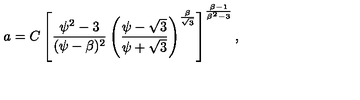
a = C \left[ \frac { \psi ^ { 2 } - 3 } { ( \psi - \beta ) ^ { 2 } } \left( \frac { \psi - \sqrt 3 } { \psi + \sqrt 3 } \right) ^ { \frac { \beta } { \sqrt 3 } } \right] ^ { \frac { \beta - 1 } { \beta ^ { 2 } - 3 } } ,